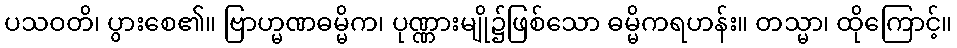
ပသဝတိ၊ ပွားစေ၏။ ဗြာဟ္မဏဓမ္မိက၊ ပုဏ္ဏားမျို၌ဖြစ်သော ဓမ္မိကရဟန်း။ တသ္မာ၊ ထိုကြောင့်။